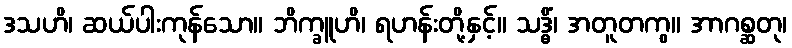
ဒသဟိ၊ ဆယ်ပါးကုန်သော။ ဘိက္ခူဟိ၊ ရဟန်းတို့နှင့်။ သဒ္ဓိံ၊ အတူတကွ။ အာဂစ္ဆတု၊